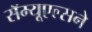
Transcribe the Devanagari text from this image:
सॅम्यूएल्सने